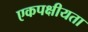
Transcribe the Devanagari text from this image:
एकपक्षीयता